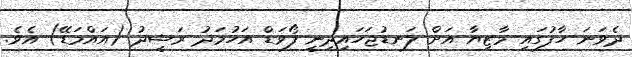
ދެވަނަ ހާފުގައި މާޒިޔާ އަށް ލަނޑުޖަހައިދިނީ ފޯވަޑް އަހުމަދު ރަޝީދު (އައްމަޑޭ) އެވެ.